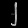
Digit: ၂